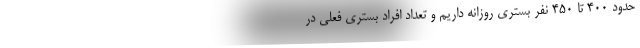
حدود ۴۰۰ تا ۴۵۰ نفر بستری روزانه داریم و تعداد افراد بستری فعلی در